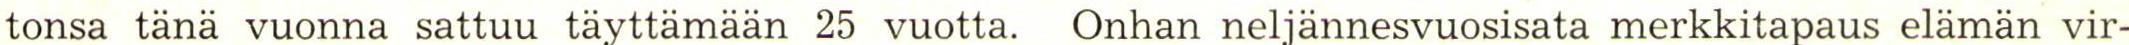
tonsa tänä vuonna sattuu täyttämään 25 vuotta. Onhan neljännesvuosisata merkkitapaus elämän vir-